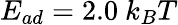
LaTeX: E_{ad}=2.0~k_{B}T